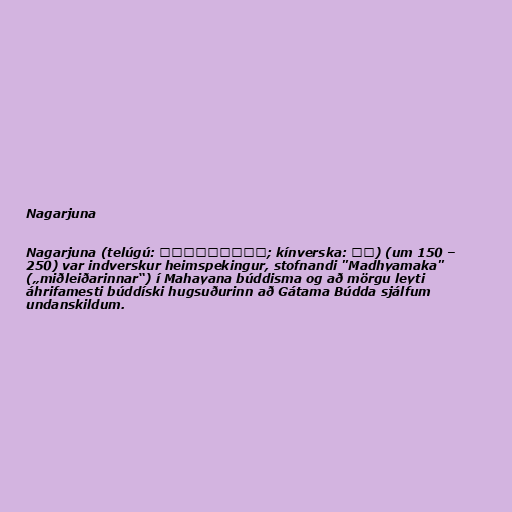
Nagarjuna

Nagarjuna (telúgú: నాగార్జున; kínverska: 龍樹) (um 150 –
250) var indverskur heimspekingur, stofnandi "Madhyamaka"
(„miðleiðarinnar“) í Mahayana búddisma og að mörgu leyti
áhrifamesti búddíski hugsuðurinn að Gátama Búdda sjálfum
undanskildum.